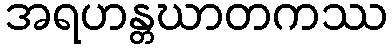
အရဟန္တဃာတကဿ